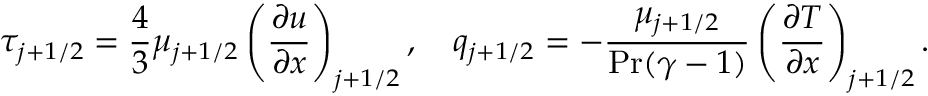
\tau _ { j + 1 / 2 } = \frac { 4 } { 3 } \mu _ { j + 1 / 2 } \left( \frac { \partial u } { \partial x } \right) _ { j + 1 / 2 } , \quad q _ { j + 1 / 2 } = - \frac { \mu _ { j + 1 / 2 } } { \operatorname* { P r } ( \gamma - 1 ) } \left( \frac { \partial T } { \partial x } \right) _ { j + 1 / 2 } .